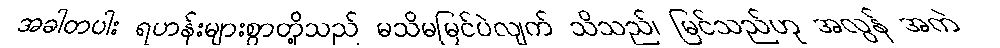
အခါတပါး ရဟန်းများစွာတို့သည် မသိမမြင်ပဲလျက် သိသည်၊ မြင်သည်ဟု အလွန် အကဲ